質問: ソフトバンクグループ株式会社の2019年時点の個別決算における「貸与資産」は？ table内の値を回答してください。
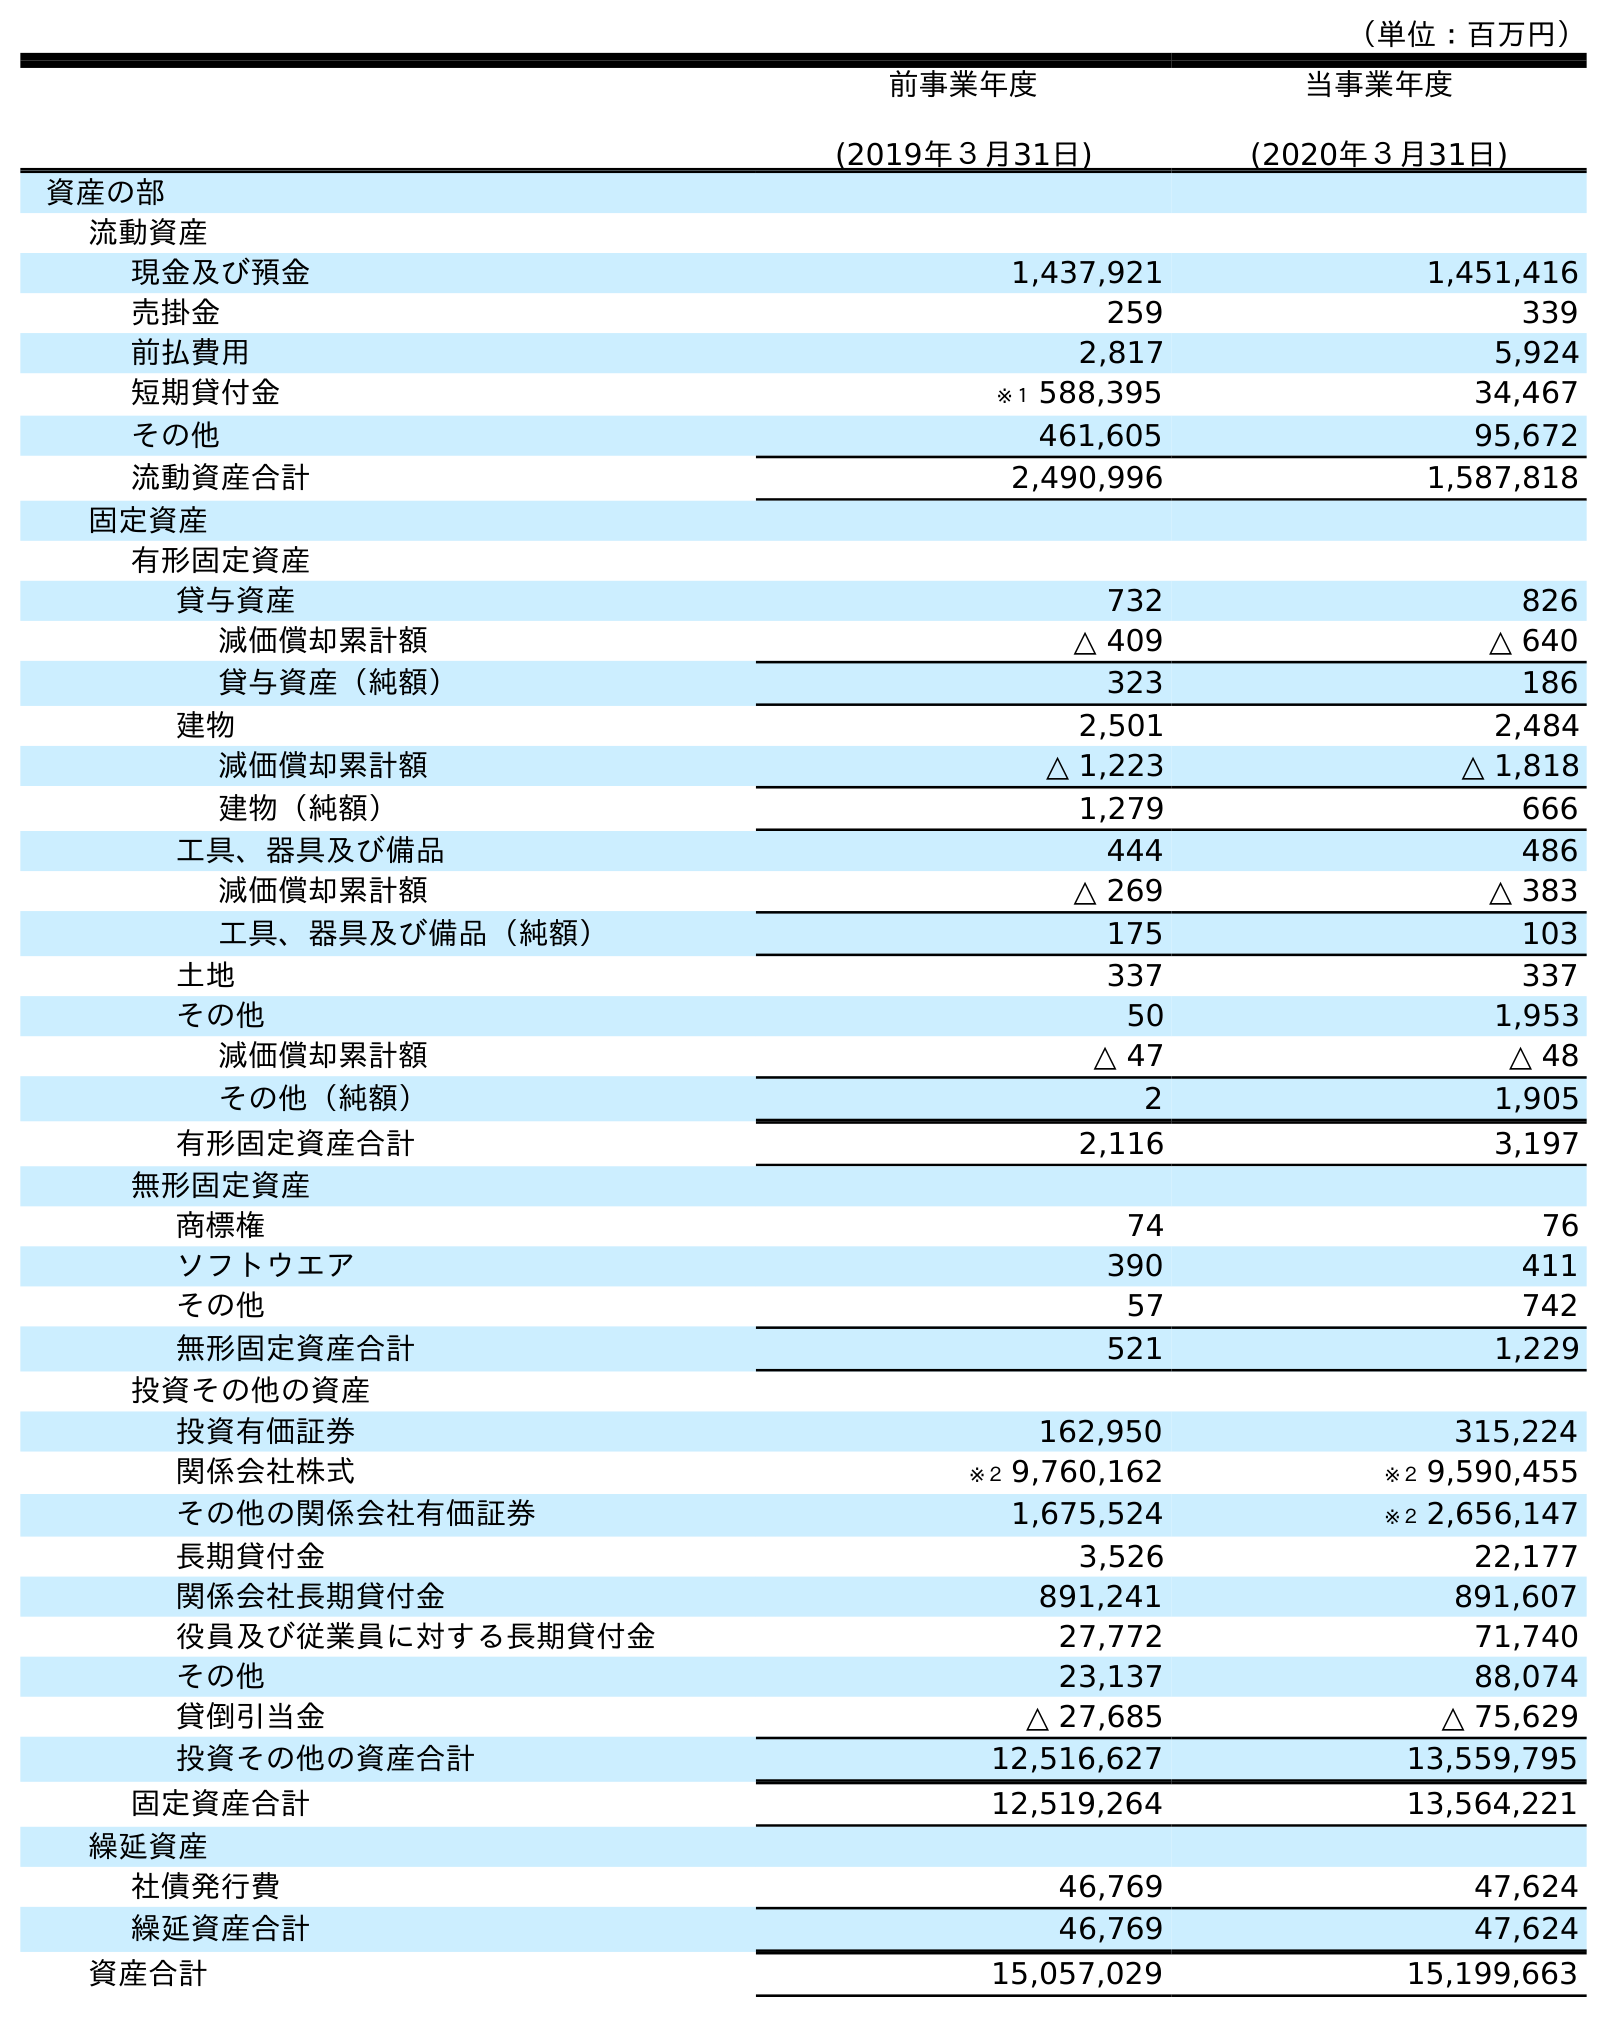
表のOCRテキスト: （単位：百万円） 前事業年度 (2019年３月31日) 当事業年度 (2020年３月31日) 資産の部 流動資産 現金及び預金 1,437,921 1,451,416 売掛金 259 339 前払費用 2,817 5,924 短期貸付金 ※１ 588,395 34,467 その他 461,605 95,672 流動資産合計 2,490,996 1,587,818 固定資産 有形固定資産 貸与資産 732 826 減価償却累計額 △ 409 △ 640 貸与資産（純額） 323 186 建物 2,501 2,484 減価償却累計額 △ 1,223 △ 1,818 建物（純額） 1,279 666 工具、器具及び備品 444 486 減価償却累計額 △ 269 △ 383 工具、器具及び備品（純額） 175 103 土地 337 337 その他 50 1,953 減価償却累計額 △ 47 △ 48 その他（純額） 2 1,905 有形固定資産合計 2,116 3,197 無形固定資産 商標権 74 76 ソフトウエア 390 411 その他 57 742 無形固定資産合計 521 1,229 投資その他の資産 投資有価証券 162,950 315,224 関係会社株式 ※２ 9,760,162 ※２ 9,590,455 その他の関係会社有価証券 1,675,524 ※２ 2,656,147 長期貸付金 3,526 22,177 関係会社長期貸付金 891,241 891,607 役員及び従業員に対する長期貸付金 27,772 71,740 その他 23,137 88,074 貸倒引当金 △ 27,685 △ 75,629 投資その他の資産合計 12,516,627 13,559,795 固定資産合計 12,519,264 13,564,221 繰延資産 社債発行費 46,769 47,624 繰延資産合計 46,769 47,624 資産合計 15,057,029 15,199,663
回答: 732